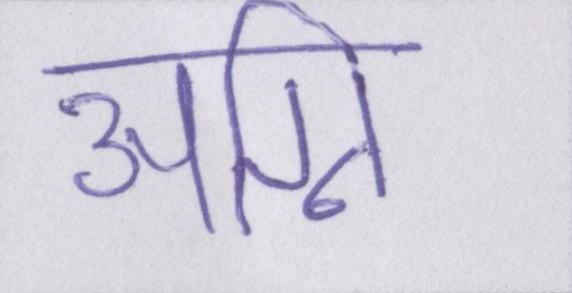
अग्नि